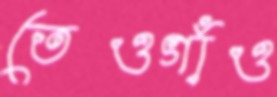
তেওগাঁও